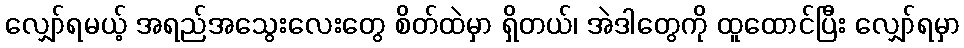
လျှော်ရမယ့် အရည်အသွေးလေးတွေ စိတ်ထဲမှာ ရှိတယ်၊ အဲဒါတွေကို ထူထောင်ပြီး လျှော်ရမှာ